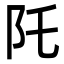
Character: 𮤹